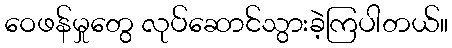
ဝေဖန်မှုတွေ လုပ်ဆောင်သွားခဲ့ကြပါတယ်။